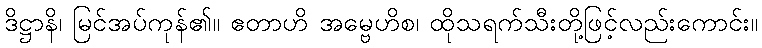
ဒိဋ္ဌာနိ၊ မြင်အပ်ကုန်၏။ ဧတာဟိ အမ္ဗေဟိစ၊ ထိုသရက်သီးတို့ဖြင့်လည်းကောင်း။